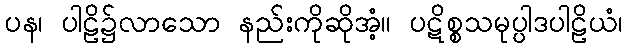
ပန၊ ပါဠိ၌လာသော နည်းကိုဆိုအံ့။ ပဋိစ္စသမုပ္ပါဒပါဠိယံ၊